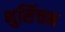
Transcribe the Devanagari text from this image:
भुसिंचन